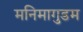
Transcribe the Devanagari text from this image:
मनिमागुडम